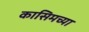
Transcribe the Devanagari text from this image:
कासिमच्या